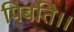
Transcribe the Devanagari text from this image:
पिबति।।